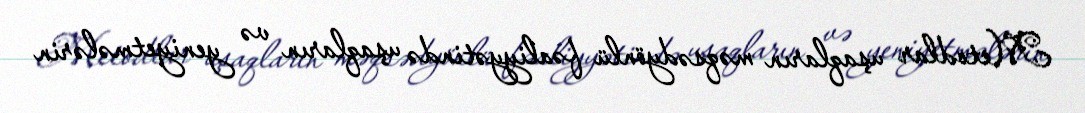
Metodlar uşaqların məqsədyönlü fəaliyyətində uşaqların və yeniyetmələrin